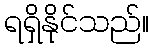
ရရှိနိုင်သည်။